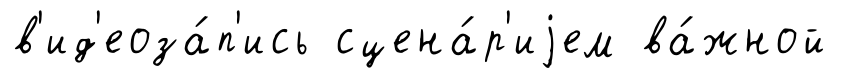
в'ид'еоза́п'ись сцена́р'иjем ва́жной